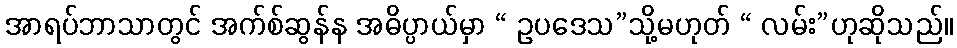
အာရပ်ဘာသာတွင် အက်စ်ဆွန်န အဓိပ္ပာယ်မှာ “ ဥပဒေသ”သို့မဟုတ် “ လမ်း”ဟုဆိုသည်။